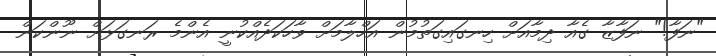
"ނަފާ!" ނަފާޒާ ގެއާ ދިމާއަށް ހިނގައިގަތުމުން އަހްލާމަށް ވާހަކަދެއްކުނީ އެންމެ ރަނގަޅަށް ނޫންކަން